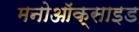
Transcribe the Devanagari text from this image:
मनोऑक्‍साइड